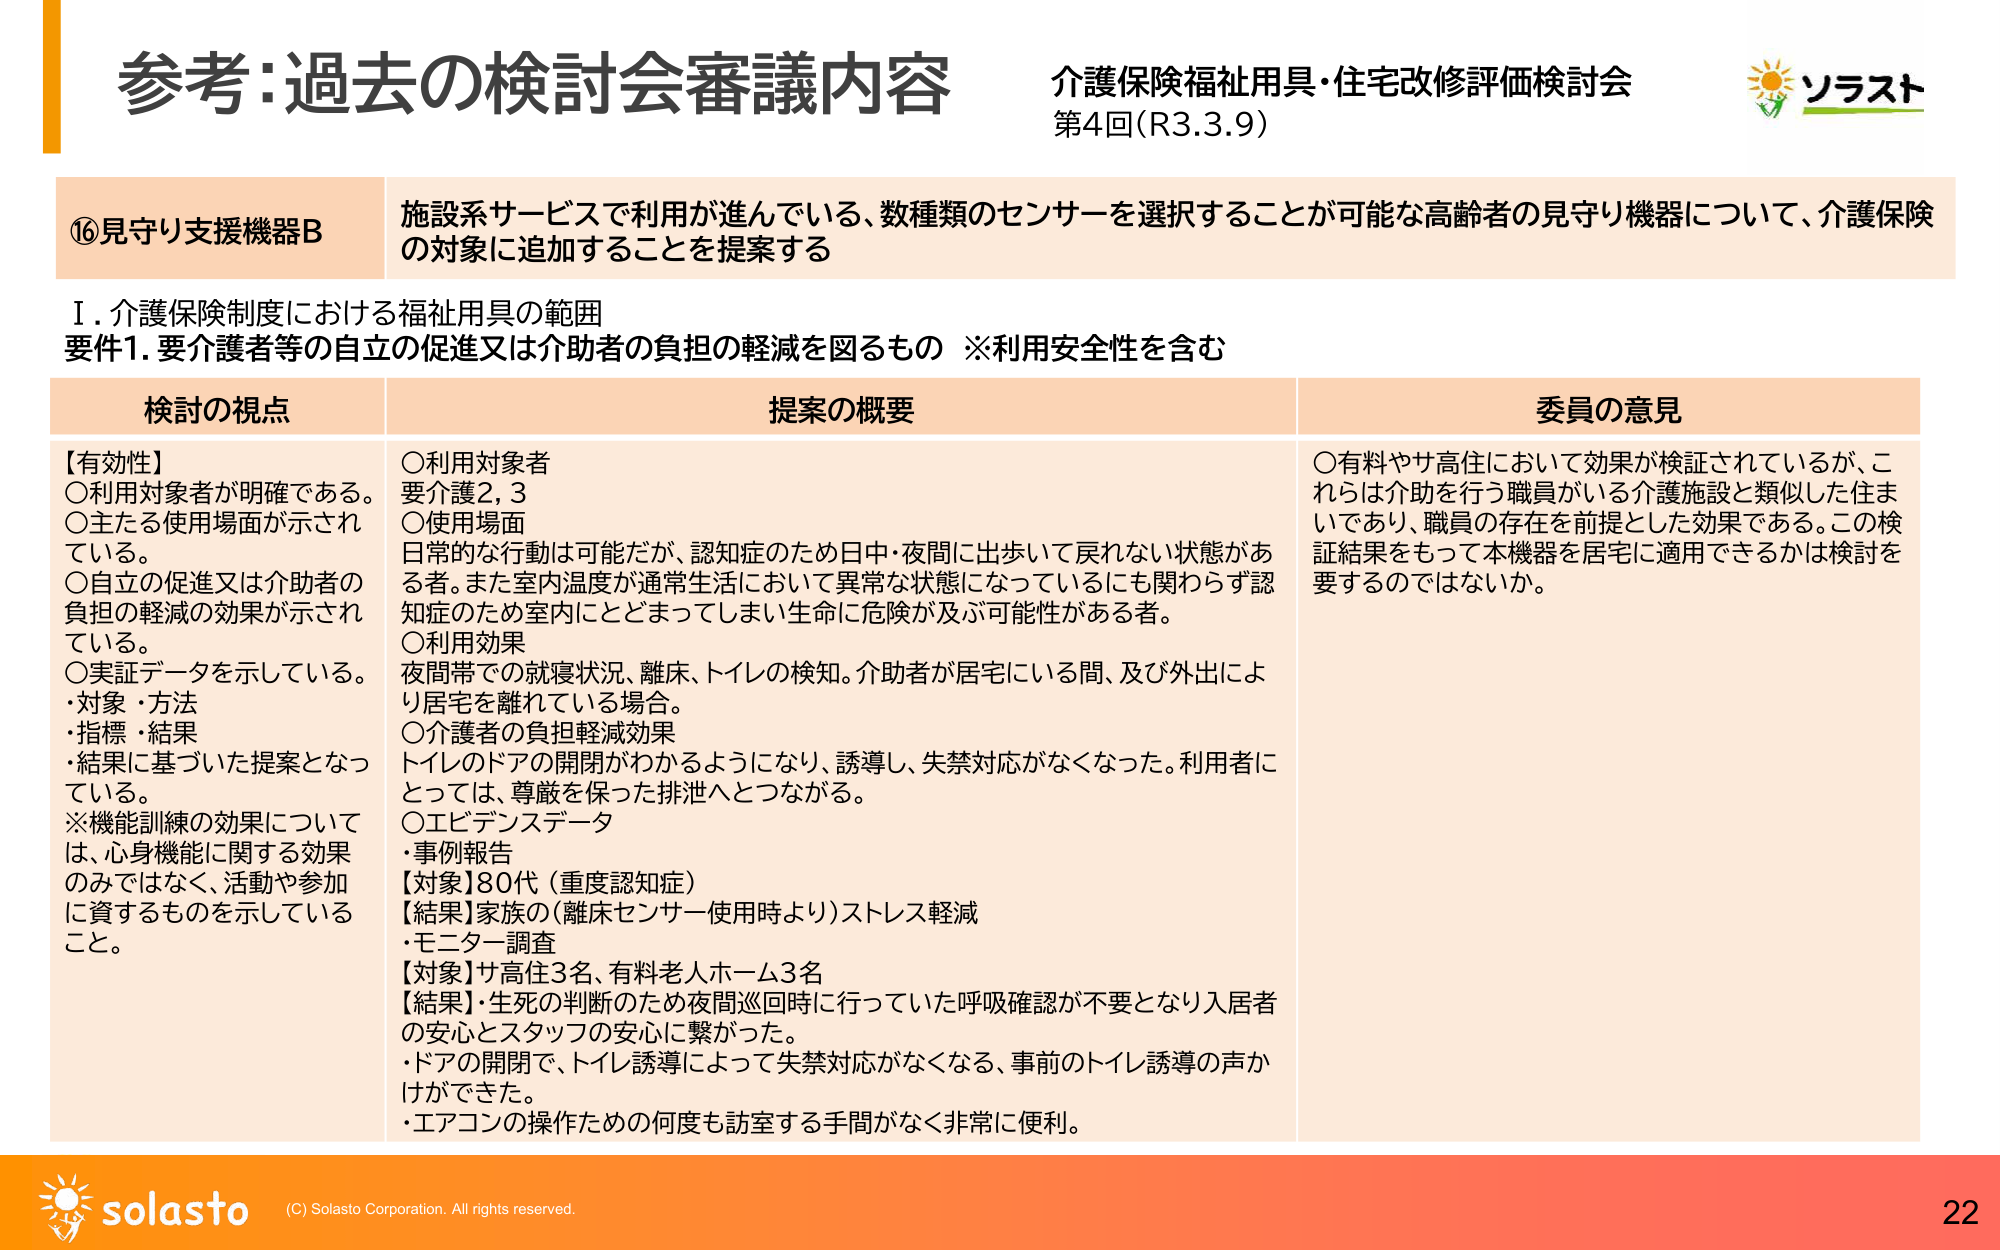
参考:過去の検討会審議内容
介護保険福祉用具・住宅改修評価検討会
第4回(R3.3.9)
ソラスト
⑯見守り支援機器B
施設系サービスで利用が進んでいる、数種類のセンサーを選択することが可能な高齢者の見守り機器について、介護保険の対象に追加することを提案する
Ⅰ.介護保険制度における福祉用具の範囲
要件1.要介護者等の自立の促進又は介助者の負担の軽減を図るもの ※利用安全性を含む
検討の視点
【有効性】
○利用対象者が明確である。
○主たる使用場面が示されている。
○自立の促進又は介助者の負担の軽減の効果が示されている。
○実証データを示している。
・対象・方法
・指標・結果
・結果に基づいた提案となっている。
※機能訓練の効果については、心身機能に関する効果のみではなく、活動や参加に資するものを示していること。
提案の概要
○利用対象者
要介護2,3
○使用場面
日常的な行動は可能だが、認知症のため日中・夜間に出歩いて戻れない状態がある者。また室内温度が通常生活において異常な状態になっているにも関わらず認知症のため室内にとどまってしまい生命に危険が及ぶ可能性がある者。
○利用効果
夜間帯での就寝状況、離床、トイレの検知。介助者が居宅にいる間、及び外出により居宅を離れている場合。
○介護者の負担軽減効果
トイレのドアの開閉がわかるようになり、誘導し、失禁対応がなくなった。利用者にとっては、尊厳を保った排泄へとつながる。
○エビデンスデータ
・事例報告
【対象】80代（重度認知症）
【結果】家族の（離床センサー使用時より）ストレス軽減
・モニター調査
【対象】サ高住3名、有料老人ホーム3名
【結果】生死の判断のため夜間巡回時に行っていた呼吸確認が不要となり入居者の安心とスタッフの安心に繋がった。
・ドアの開閉で、トイレ誘導によって失禁対応がなくなる、事前のトイレ誘導の声かけができた。
・エアコンの操作ための何度も訪室する手間がなく非常に便利。
委員の意見
○有料やサ高住において効果が検証されているが、これらは介助を行う職員がいる介護施設と類似した住まいであり、職員の存在を前提とした効果である。この検証結果をもって本機器を居宅に適用できるかは検討を要するのではないか。
solasto
(C) Solasto Corporation. All rights reserved.
22